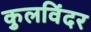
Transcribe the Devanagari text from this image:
कुलविंदर